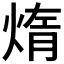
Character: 𤌃